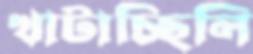
খাটাচ্ছিলি